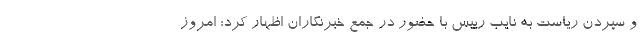
و سپردن ریاست به نایب رییس با حضور در جمع خبرنگاران اظهار کرد: امروز